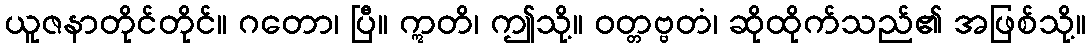
ယူဇနာတိုင်တိုင်။ ဂတော၊ ပြီ။ ဣတိ၊ ဤသို့။ ဝတ္တဗ္ဗတံ၊ ဆိုထိုက်သည်၏ အဖြစ်သို့။